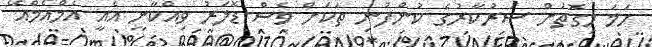
ހަމަ މިގޮތަށް ސަރުކާރުގެ ކުންފުނި ތަކަށް ވެސް ޑޮލަރު ވިއްކާނީ އެއީ އެމްއެމްއޭ